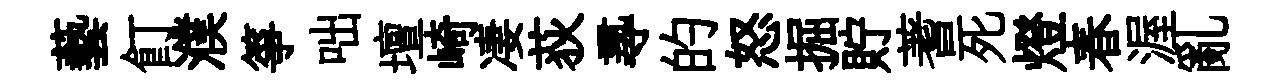
藝飣濮箏咄壇崎凄荻𡬶的怒掘貯蓍死燈春渥亂